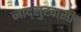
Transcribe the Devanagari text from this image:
नाद्सुखासी